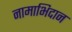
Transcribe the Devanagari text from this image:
नामाभिदान